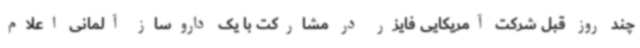
چند روز قبل شرکت آمریکایی فایزر در مشارکت با یک داروساز آلمانی اعلام